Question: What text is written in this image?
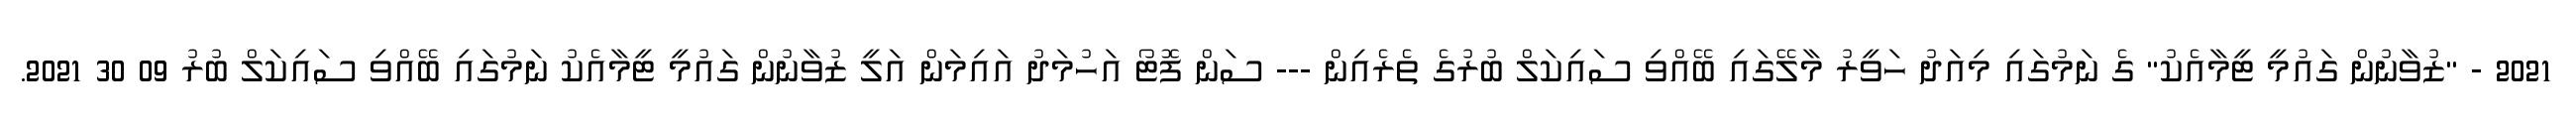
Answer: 2021 - "ޒުވާނުން ގައުމީ ޓީމާއެކު" ގެ ނަމުގައި މިއަދު ހަވީރު މާލޭގައި ބޭއްވި ސައިކަލް ބުރުގެ ތެރެއިން --- ސަން ފޮޓޯ އަހުމަދު އައިމަން އަލީ ޒުވާނުން ގައުމީ ޓީމާއެކު ނަމުގައި ބޭއްވި ސައިކަލް ބުރު 09 30 2021.